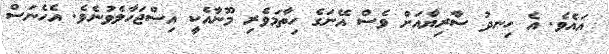
އައެވެ. އެ ހިނދު ސާރިޔާއަށް ވެސް އޭނަގެ ހިތާމަވެރި މޫނާއެކީ އިސްޖަހާލެވުނެވެ. އެހެނަސް